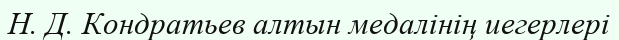
Н. Д. Кондратьев алтын медалінің иегерлері